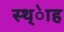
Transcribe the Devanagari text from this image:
स्थ्ेाह